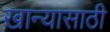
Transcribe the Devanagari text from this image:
खान्यासाठी